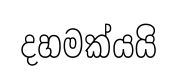
දහමක්යයි